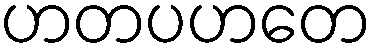
ဟတပဟတေ